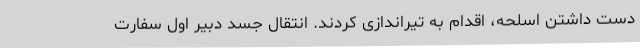
دست داشتن اسلحه، اقدام به تیراندازی کردند. انتقال جسد دبیر اول سفارت